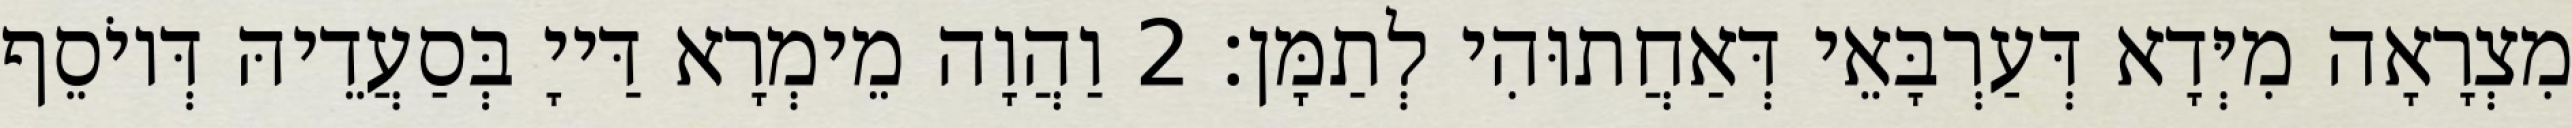
מִצְרָאָה מִיְּדָא דְּעַרְבָּאֵי דְּאַחֲתוּהִי לְתַמָּן׃ 2 וַהֲוָה מֵימְרָא דַּייָ בְּסַעֲדֵיהּ דְּיוֹסֵף